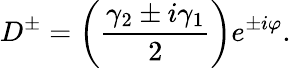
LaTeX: D^{\pm}=\left(\frac{\gamma_{2}\pm i\gamma_{1}}{2}\right)e^{\pm i\varphi}.